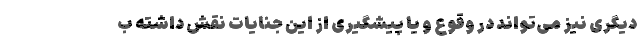
دیگری نیز می‌تواند در وقوع و یا پیشگیری از این جنایات نقش داشته ب